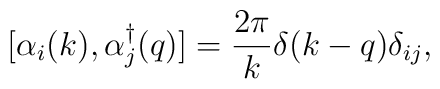
[\alpha_i(k), \alpha_j^\dagger(q)] = \frac{2\pi}{k}\delta(k-q)\delta_{ij},